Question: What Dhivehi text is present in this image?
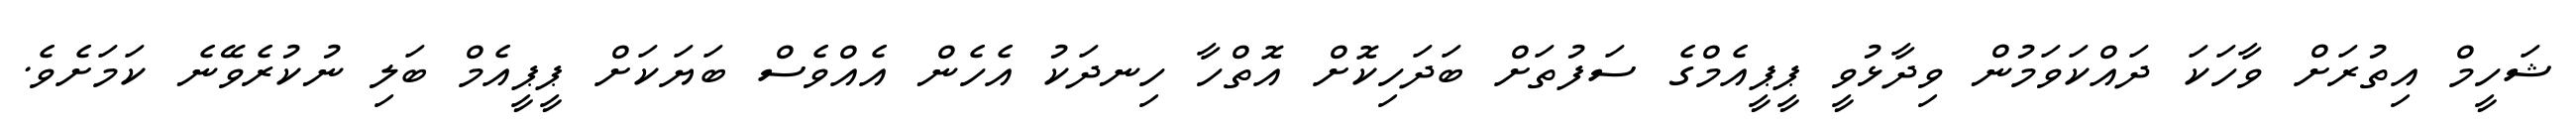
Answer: ޝަހީމް އިތުރަށް ވާހަކަ ދައްކަވަމުން ވިދާޅުވީ ޕީޕީއެމްގެ ސަފުތަށް ބަދަހިކޮށް އޮތްހާ ހިނދަކު އެހެން އެއްވެސް ބަޔަކަށް ޕީޕީއެމް ބަލި ނުކުރެވޭނެ ކަމަށެވެ.